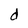
Character: d